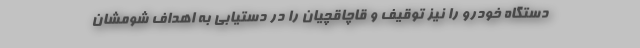
دستگاه خودرو را نیز توقیف و قاچاقچیان را در دستیابی به اهداف شومشان